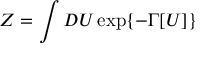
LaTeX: Z = \int D U \exp \{ - \Gamma [ U ] \}